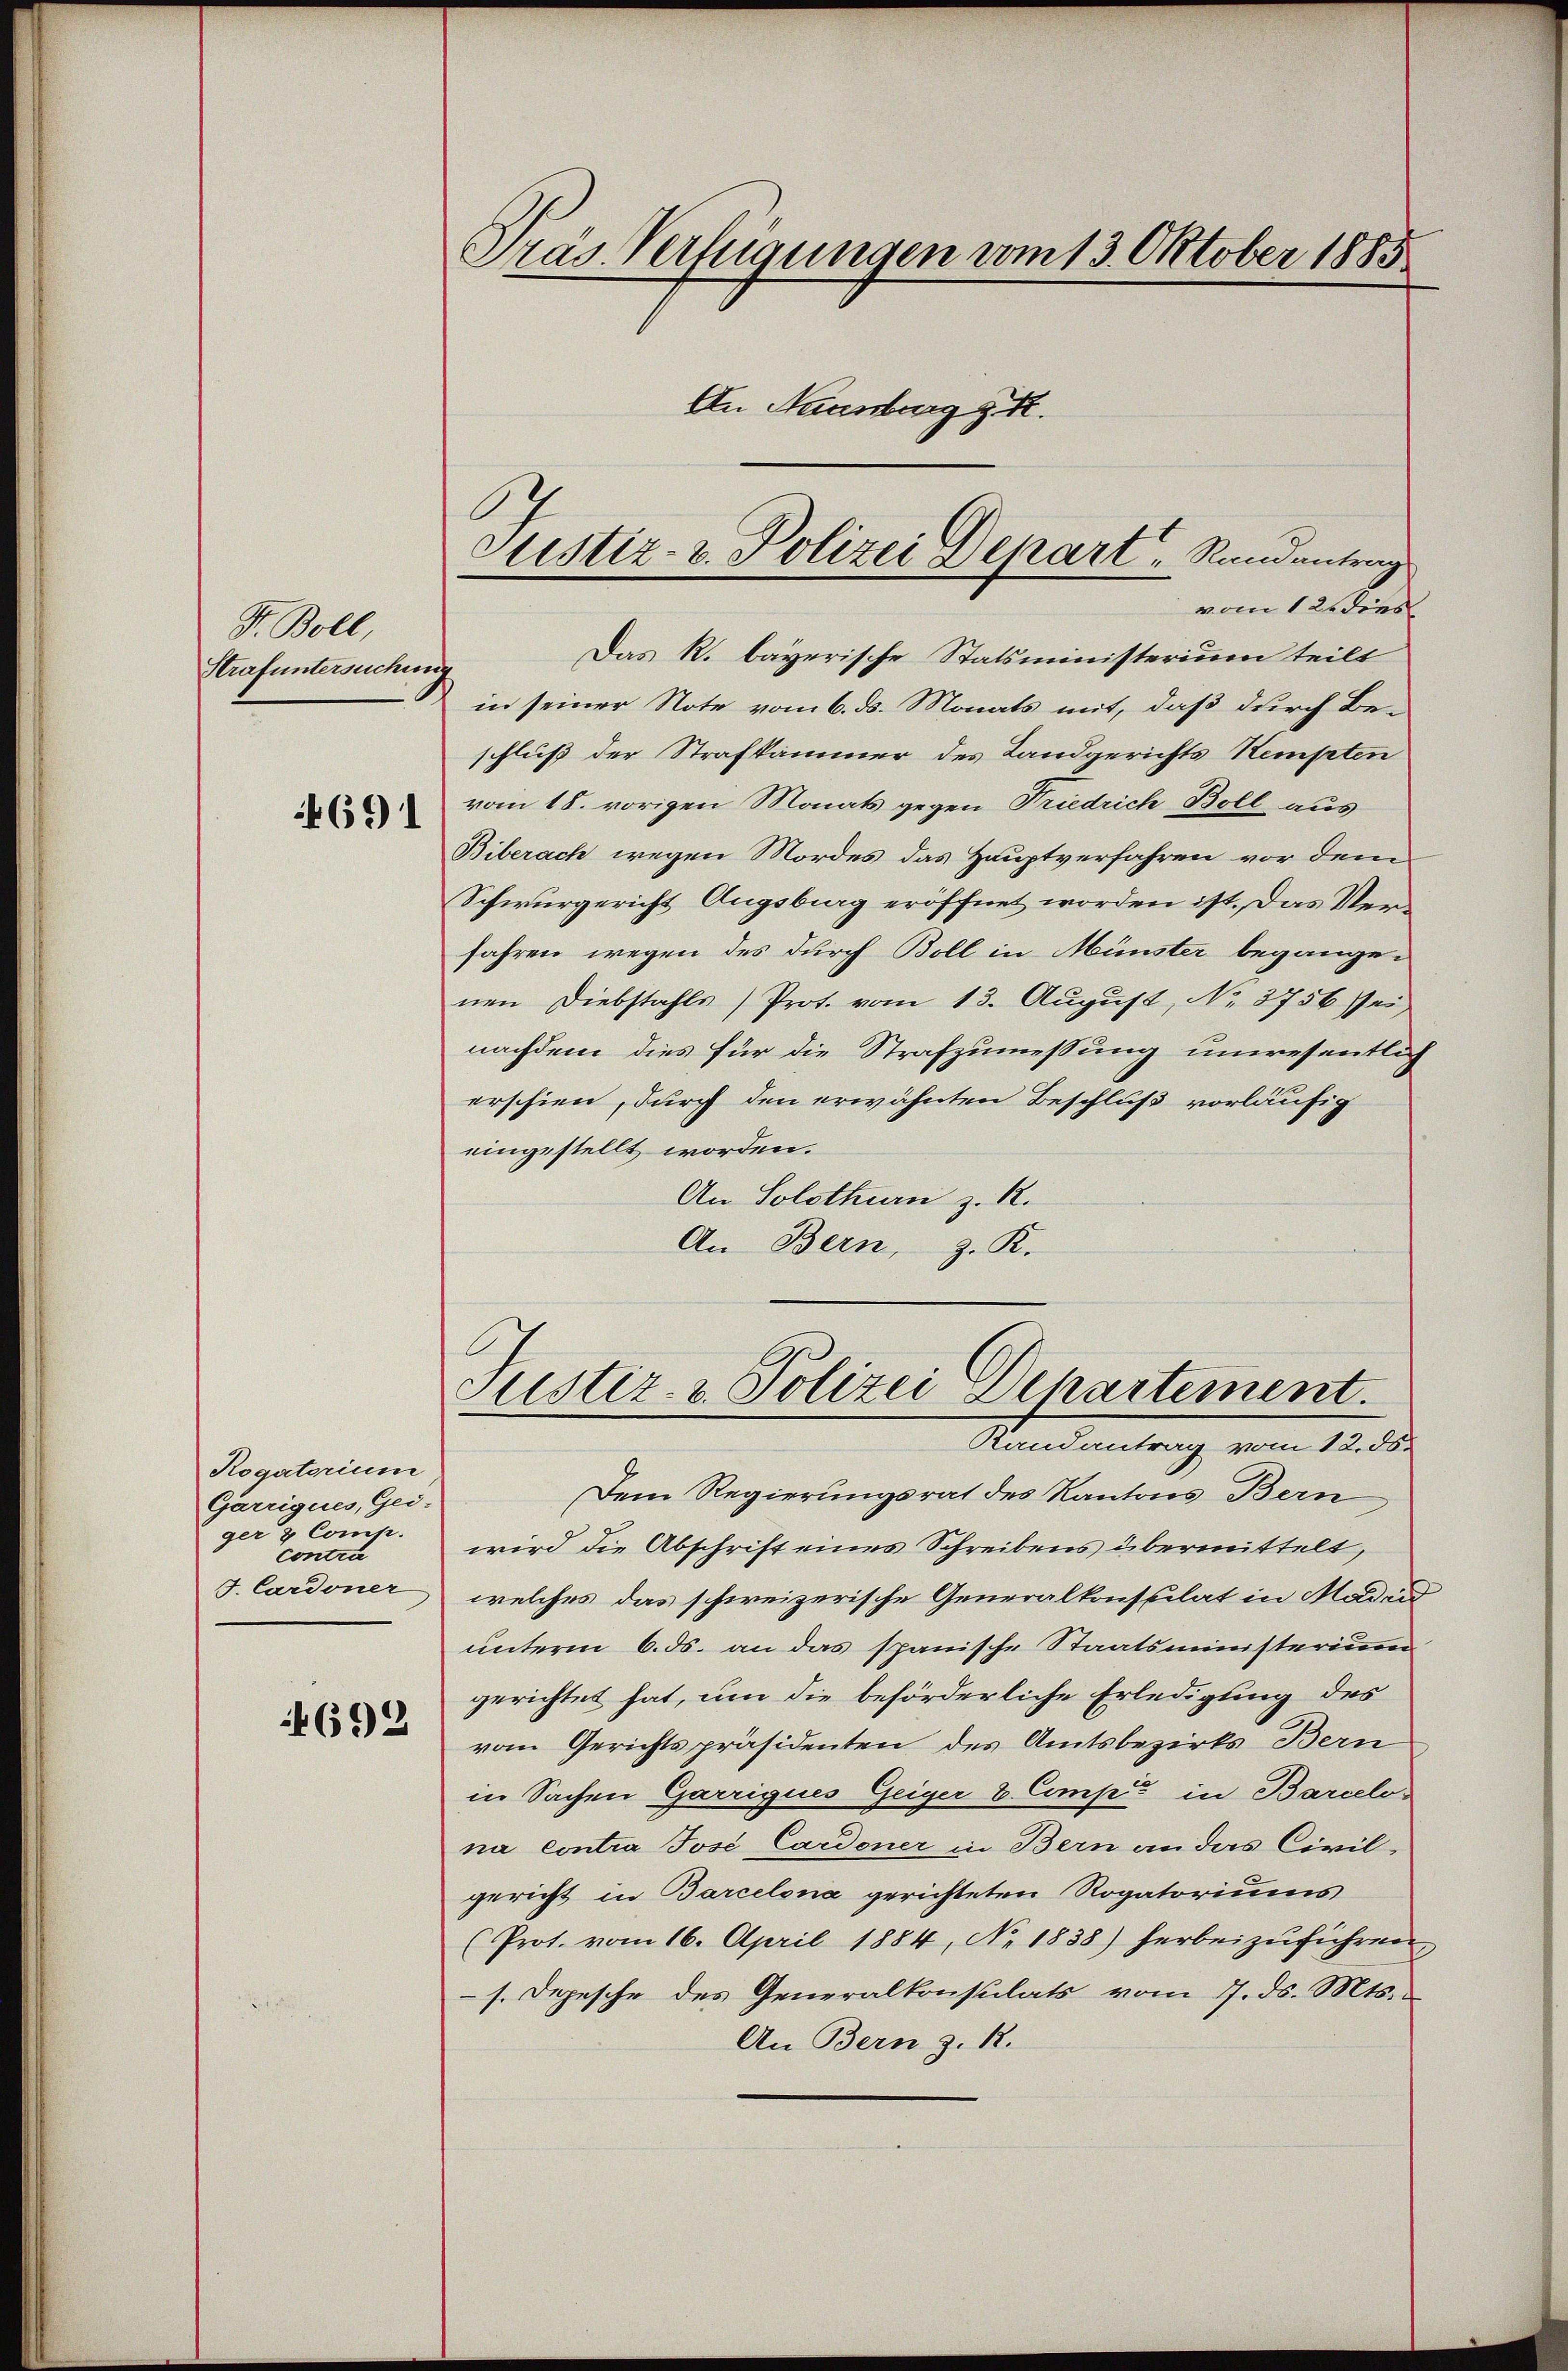
Dr. Boll,
Strafuntersuchen

691

Rogatorium
Garrigues, Gei-
ger & Comp.
contra
J. Cardoner

4692

Präs. Verfügungen vom 13. Oktober 1885
An Naasburg z. R.

vom 12. dies
in seiner Note vom 6. d. Monats mit, daß durch Be-
schluß der Strafkammer des Landgerichts Sempten
vom 18. vorigen Monats gegen Friedrich Boll aus
Biberach wegen Mordes das Hauptverfahren vor dem
Schwurgericht Augsburg eröffnet worden ist. Das Verfahren wegen des durch Boll in Münster begangen
nen Diebstahls Prot. vom 13. August, No. 3756 sei,
nachdem dies für die Strafzumessung unwesentlich
erschien, durch den erwähnten Beschluß vorläufig
eingestellt worden.
An Solothurn z. R.
An Bern, z. K.
Justiz- & Polizei Departement.
Randantrag vom 12. ds.
Dem Regierungsrat des Kantons Bern
wird die Abschrift eines Schreibens übermittelt,
welches das schweizerische Generalkonsulat in Maden
unterm 6. ds. an das spanische Staatsministerium
gerichtet hat, um die beförderliche Erledigung des
vom Gerichtspräsidenten des Amtsbezirks Bern
in Sachen Garrigues Geiger V. Comp. in Barcelona contra Josi Cardoner in Bern an das Civil-
gericht in Barcelona gerichteten Rogatoriums
(Prot. vom 16. April 1884, No 1838) herbeizuführen,
s. Depesche des Generalkonsulats vom 7. ds. Mts.
An Bern z. R.

Justiz- u. Polizei Depart, Rundantrag
Das R. bayerische Statsministerium teilt
t